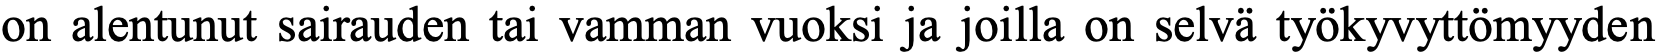
on alentunut sairauden tai vamman vuoksi ja joilla on selvä työkyvyttömyyden